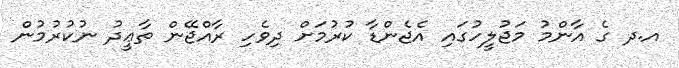
އ.ދ ގެ އާންމު މަޖުލީހުގައި އެޖެންޑާ ކުރުމަށް ދިވެހި ރާއްޖޭން ތާޢީދު ނުކުރުމުން